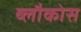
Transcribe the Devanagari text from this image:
ब्लौकोस